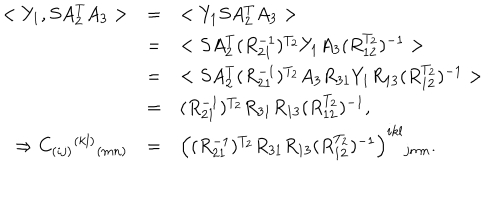
LaTeX: \begin{array} { r c l } { { < Y _ { 1 } , S A _ { 2 } ^ { T } A _ { 3 } > } } & { { = } } & { { < Y _ { 1 } S A _ { 2 } ^ { T } A _ { 3 } > } } \\ { { } } & { { = } } & { { < S A _ { 2 } ^ { T } ( R _ { 2 1 } ^ { - 1 } ) ^ { T _ { 2 } } Y _ { 1 } A _ { 3 } ( R _ { 1 2 } ^ { T _ { 2 } } ) ^ { - 1 } > } } \\ { { } } & { { = } } & { { < S A _ { 2 } ^ { T } ( R _ { 2 1 } ^ { - 1 } ) ^ { T _ { 2 } } A _ { 3 } R _ { 3 1 } Y _ { 1 } R _ { 1 3 } ( R _ { 1 2 } ^ { T _ { 2 } } ) ^ { - 1 } > } } \\ { { } } & { { = } } & { { ( R _ { 2 1 } ^ { - 1 } ) ^ { T _ { 2 } } R _ { 3 1 } R _ { 1 3 } ( R _ { 1 2 } ^ { T _ { 2 } } ) ^ { - 1 } , } } \\ { { \Rightarrow C _ { ( i j ) } { } ^ { ( k l ) } { } _ { ( m n ) } } } & { { = } } & { { \left( ( R _ { 2 1 } ^ { - 1 } ) ^ { T _ { 2 } } R _ { 3 1 } R _ { 1 3 } ( R _ { 1 2 } ^ { T _ { 2 } } ) ^ { - 1 } \right) ^ { i k l } { } _ { j m n } . } } \\ \end{array}